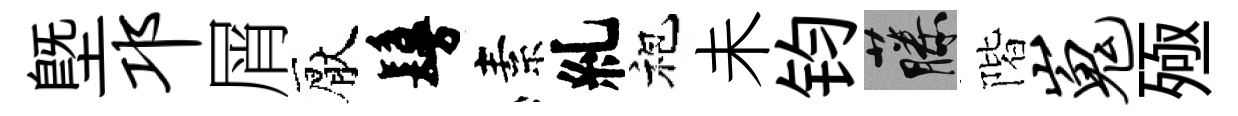
塈邛屑厭鬘素糺袍未钧藤階嵬殛